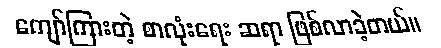
ကျော်ကြားတဲ့ စာလုံးရေး ဆရာ ဖြစ်လာခဲ့တယ်။